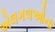
એલગલઓના